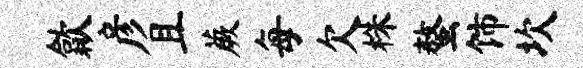
歙彦且蕨每欠株螯饰坎